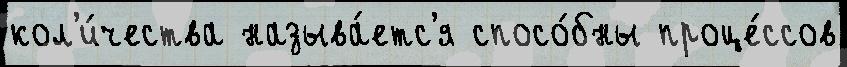
кол'и́чества называ́етс'я спосо́бны проце́ссов